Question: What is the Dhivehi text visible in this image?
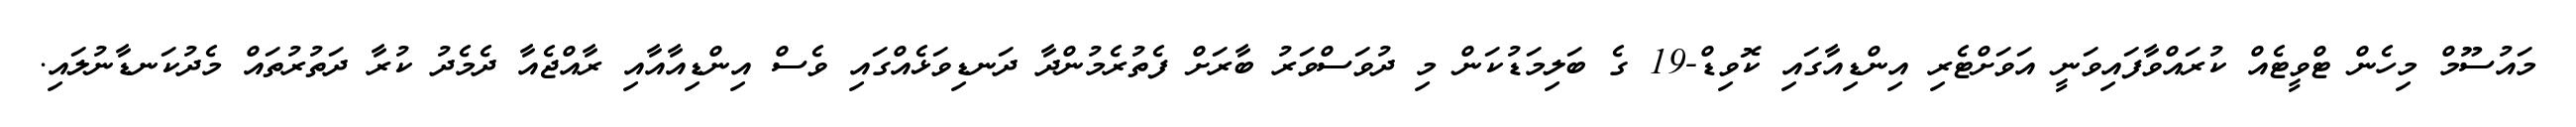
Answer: މައުސޫމް މިހެން ޓްވީޓެއް ކުރައްވާފައިވަނީ އަވަށްޓެރި އިންޑިއާގައި ކޮވިޑް-19 ގެ ބަލިމަޑުކަން މި ދުވަސްވަރު ބާރަށް ފެތުރެމުންދާ ދަނޑިވަޅެއްގައި ވެސް އިންޑިއާއާއި ރާއްޖެއާ ދެމެދު ކުރާ ދަތުރުތައް މެދުކަނޑާނުލައި.